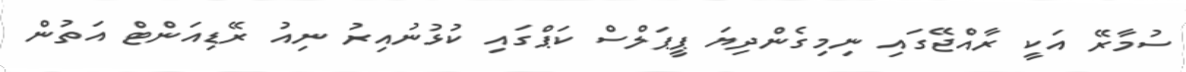
ސުމާރޭ އަކީ ރާއްޖޭގައި ނިމިގެންދިޔަ ޕީޕަލްސް ކަޕްގައި ކުޅުނުއިރު ނިއު ރޭޑިއަންޓް އަތުން